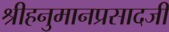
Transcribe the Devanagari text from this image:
श्रीहनुमानप्रसादजी